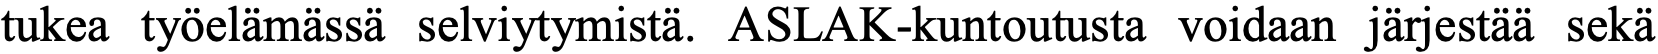
tukea työelämässä selviytymistä. ASLAK-kuntoutusta voidaan järjestää sekä